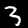
Label: 3